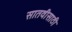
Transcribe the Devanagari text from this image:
सातवीसाठी